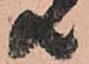
共